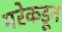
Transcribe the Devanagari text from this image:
मरेकडून